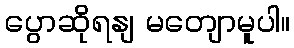
ပွောဆိုရနျ မတျောမူပါ။